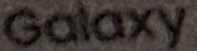
Galaxy